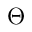
\Theta